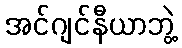
အင်ဂျင်နီယာဘွဲ့